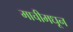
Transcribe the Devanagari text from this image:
माचीमधून